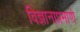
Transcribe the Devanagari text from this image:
विज्ञानाप्रमाणे